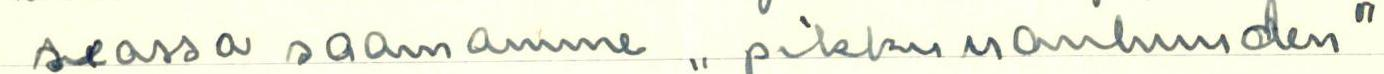
seassa saamme ,, pikkuvanhuuden"